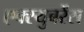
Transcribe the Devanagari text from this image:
एक्स्युबरेंस